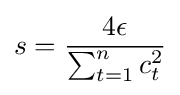
s={\frac {4\epsilon }{\sum _{t=1}^{n}c_{t}^{2}}}